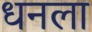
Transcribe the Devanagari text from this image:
धनला